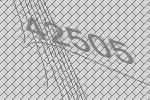
42505